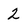
Character: 2